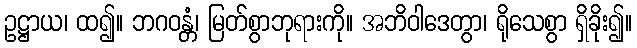
ဥဋ္ဌာယ၊ ထ၍။ ဘဂဝန္တံ၊ မြတ်စွာဘုရားကို။ အဘိဝါဒေတွာ၊ ရိုသေစွာ ရှိခိုး၍။